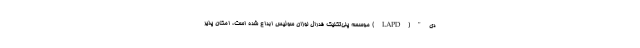
دی"(LAPD) موسسه پلی‌تکنیک فدرال لوزان سوئیس ابداع شده است، امکان پذیر